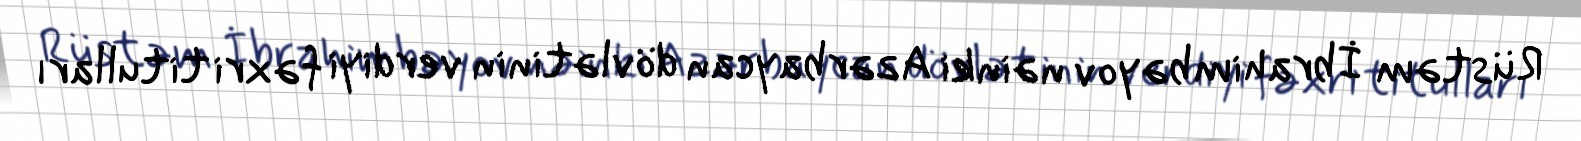
Rüstəm İbrahimbəyov nəinki Azərbaycan dövlətinin verdiyi fəxri titulları